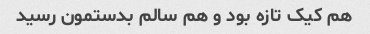
هم کیک تازه بود و هم سالم بدستمون رسید